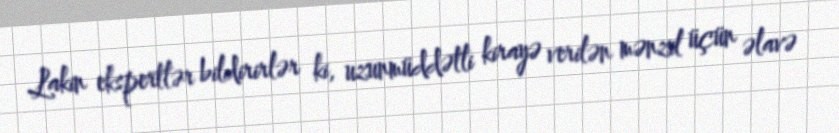
Lakin ekspertlər bildirirlər ki, uzunmüddətli kirayə verilən mənzil üçün əlavə